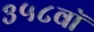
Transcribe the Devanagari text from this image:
३५८वॉ